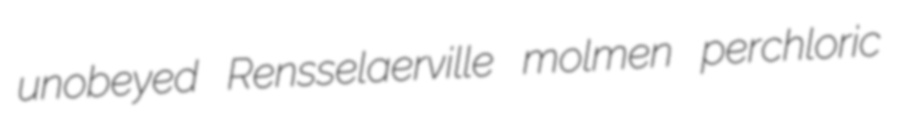
unobeyed Rensselaerville molmen perchloric